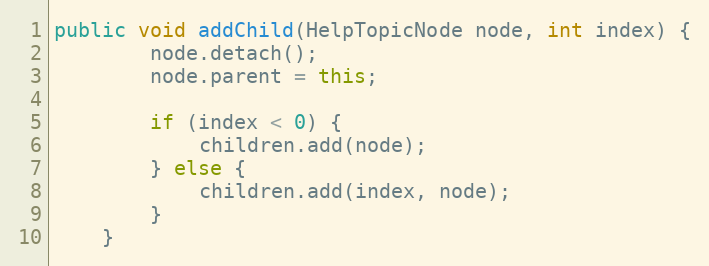
Language: Java
public void addChild(HelpTopicNode node, int index) {
        node.detach();
        node.parent = this;

        if (index < 0) {
            children.add(node);
        } else {
            children.add(index, node);
        }
    }